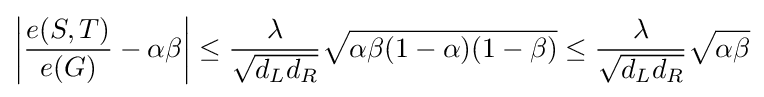
\left|{\frac {e(S,T)}{e(G)}}-\alpha \beta \right|\leq {\frac {\lambda }{\sqrt {d_{L}d_{R}}}}{\sqrt {\alpha \beta (1-\alpha )(1-\beta )}}\leq {\frac {\lambda }{\sqrt {d_{L}d_{R}}}}{\sqrt {\alpha \beta }}